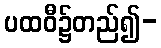
ပထဝီ၌တည်၍-